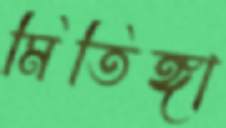
মিতিঙ্গা